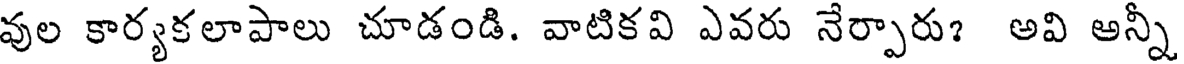
వుల కార్యకలాపాలు చూడండి. వాటికవి ఎవరు నేర్పారు? అవి అన్నీ